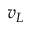
v _ { L }